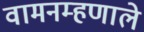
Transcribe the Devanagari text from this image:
वामनम्हणाले